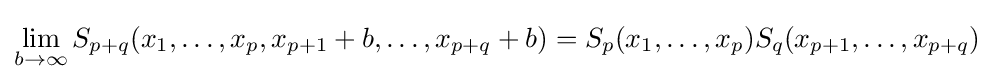
\lim _{b\to \infty }S_{p+q}(x_{1},\ldots ,x_{p},x_{p+1}+b,\ldots ,x_{p+q}+b)=S_{p}(x_{1},\ldots ,x_{p})S_{q}(x_{p+1},\ldots ,x_{p+q})